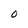
Character: O